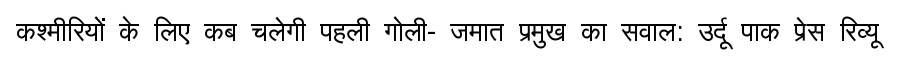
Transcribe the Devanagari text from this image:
कश्मीरियों के लिए कब चलेगी पहली गोली- जमात प्रमुख का सवाल: उर्दू पाक प्रेस रिव्यू